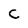
Character: C